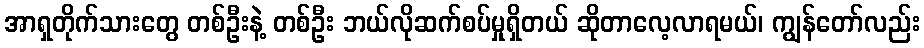
အာရှတိုက်သားတွေ တစ်ဦးနဲ့ တစ်ဦး ဘယ်လိုဆက်စပ်မှုရှိတယ် ဆိုတာလေ့လာရမယ်၊ ကျွန်တော်လည်း